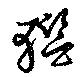
轞